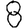
Digit: 8